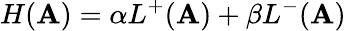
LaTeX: H(\mathbf{A})=\alpha L^{+}(\mathbf{A})+\beta L^{-}(\mathbf{A})